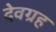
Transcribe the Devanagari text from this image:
देवग्रह